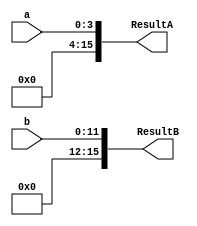
module SignExtendID(input [3:0] a,
					input [11:0]b,
		  output reg [15:0] ResultA, ResultB);
always @(*)
begin
	//Zero Extention, we don't access negative memory locations
	ResultA = {12'h000,a};
	//SignExtention
	ResultB = {4'h0, b};
end
endmodule